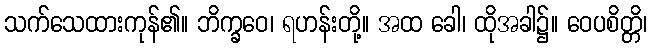
သက်သေထားကုန်၏။ ဘိက္ခဝေ၊ ရဟန်းတို့။ အထ ခေါ၊ ထိုအခါ၌။ ဝေပစိတ္တိ၊